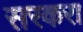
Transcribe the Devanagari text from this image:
सरकरा